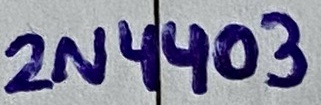
Text: 2N4403